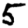
Digit: 5